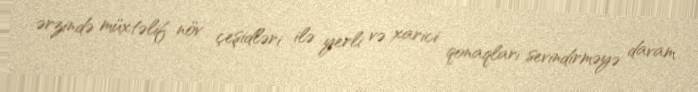
ərzində müxtəlif növ çeşidləri ilə yerli və xarici qonaqları sevindirməyə davam